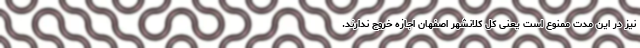
نیز در این مدت ممنوع است یعنی کل کلانشهر اصفهان اجازه خروج ندارند.